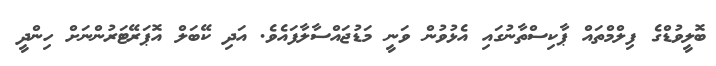
ބޮލީވުޑްގެ ފިލްމްތައް ޕާކިސްތާނުގައި އެޅުވުން ވަނީ މަޑުޖައްސާލާފައެވެ. އަދި ކޭބަލް އޮޕަރޭޓަރުންނަށް ހިންދީ